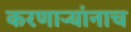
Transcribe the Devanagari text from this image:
करणाऱ्यांनाच